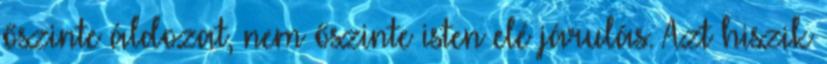
őszinte áldozat, nem őszinte isten elé járulás. Azt hiszik